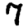
Digit: 7